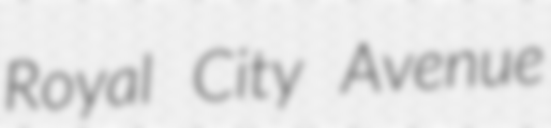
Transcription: Royal City Avenue